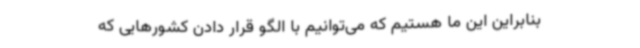
بنابراین این ما هستیم که می‌توانیم با الگو قرار دادن کشورهایی که